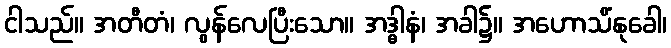
ငါသည်။ အတီတံ၊ လွန်လေပြီးသော။ အဒ္ဓါနံ၊ အခါ၌။ အဟောသိံနုခေါ၊